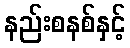
နည်းစနစ်နှင့်